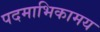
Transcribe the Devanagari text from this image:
पदमाभिकामय